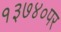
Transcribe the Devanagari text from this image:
१३७४०पर